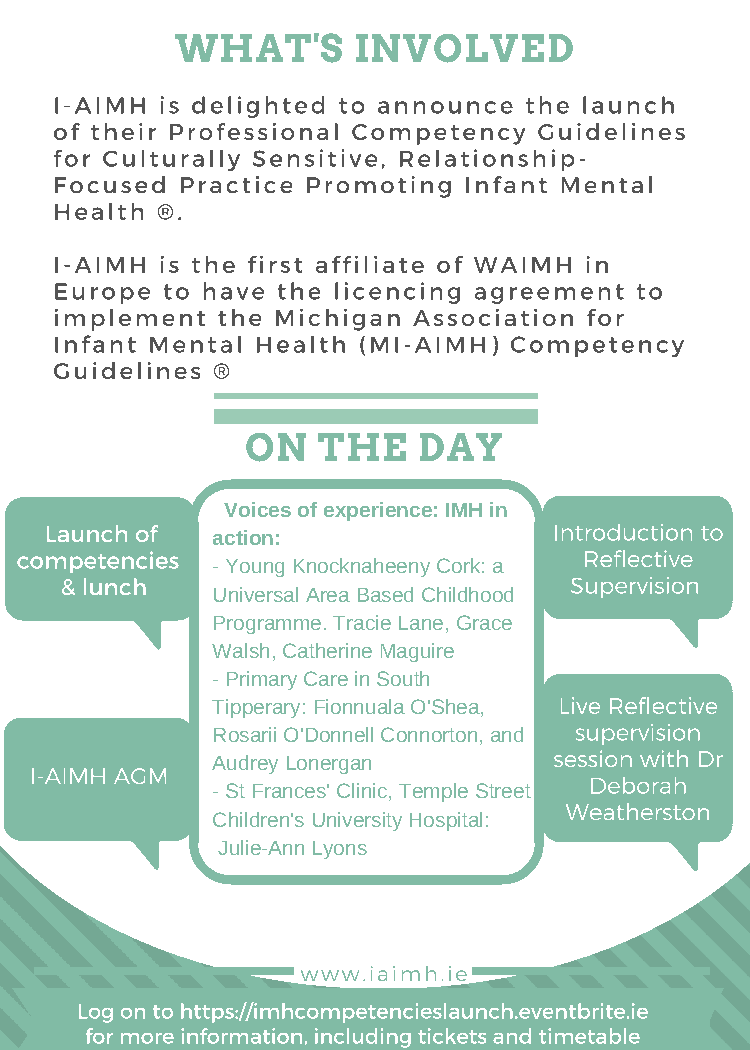
WHAT'S     INVOLVED
 I-AIMH is delighted to announce the launch
 of their Professional Competency Guidelines
 for Culturally Sensitive, Relationship-
 Focused Practice Promoting Infant Mental
 Health ®.
 I-AIMH is the first affiliate of WAIMH in
 Europe to have the licencing agreement to
 implement the Michigan Association for
 Infant Mental Health (MI-AIMH) Competency
 Guidelines ®
 ON   THE    DAY
 Voices of experience: IMH in
 Launch of                         Introduction to
 action:
 competencies                          Reflective
 - Young Knocknaheeny Cork: a
 & lunch                           Supervision
 Universal Area Based Childhood
 Programme. Tracie Lane, Grace
 Walsh, Catherine Maguire
 - Primary Care in South
 Live Reflective
 Tipperary: Fionnuala O'Shea,
 supervision
 Rosarii O'Donnell Connorton, and
 session with Dr
 Audrey Lonergan
 I-AIMH AGM
 Deborah
 - St Frances' Clinic, Temple Street
 Weatherston
 Children's University Hospital:
 Julie-Ann Lyons
 www.iaimh.ie
 Log on to https://imhcompetencieslaunch.eventbrite.ie
 for more information, including tickets and timetable